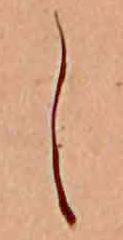
し